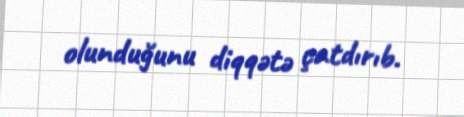
olunduğunu diqqətə çatdırıb.